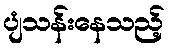
ပျံသန်းနေသည့်